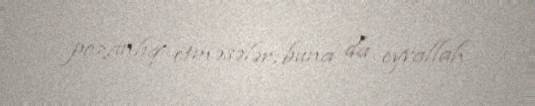
pozanlıq etməsələr, buna da eyvallah.